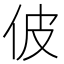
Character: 佊